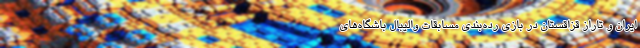
ایران و تاراز قزاقستان در بازی رده‌بندی مسابقات والیبال باشگاه‌های